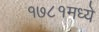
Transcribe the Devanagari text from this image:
१७८१मध्ये